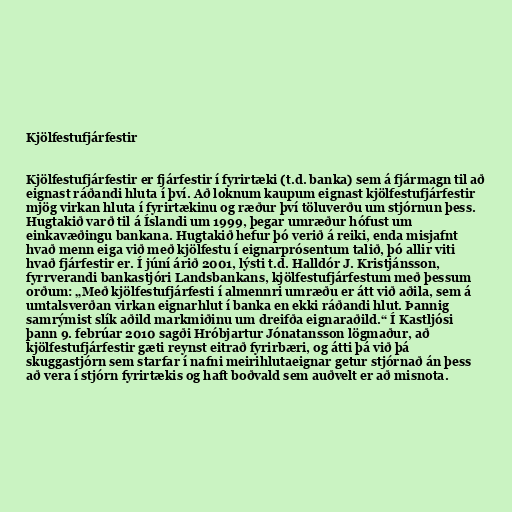
Kjölfestufjárfestir

Kjölfestufjárfestir er fjárfestir í fyrirtæki (t.d. banka) sem á fjármagn til að
eignast ráðandi hluta í því. Að loknum kaupum eignast kjölfestufjárfestir
mjög virkan hluta í fyrirtækinu og ræður því töluverðu um stjórnun þess.
Hugtakið varð til á Íslandi um 1999, þegar umræður hófust um
einkavæðingu bankana. Hugtakið hefur þó verið á reiki, enda misjafnt
hvað menn eiga við með kjölfestu í eignarprósentum talið, þó allir viti
hvað fjárfestir er. Í júní árið 2001, lýsti t.d. Halldór J. Kristjánsson,
fyrrverandi bankastjóri Landsbankans, kjölfestufjárfestum með þessum
orðum: „Með kjölfestufjárfesti í almennri umræðu er átt við aðila, sem á
umtalsverðan virkan eignarhlut í banka en ekki ráðandi hlut. Þannig
samrýmist slík aðild markmiðinu um dreifða eignaraðild.“ Í Kastljósi
þann 9. febrúar 2010 sagði Hróbjartur Jónatansson lögmaður, að
kjölfestufjárfestir gæti reynst eitrað fyrirbæri, og átti þá við þá
skuggastjórn sem starfar í nafni meirihlutaeignar getur stjórnað án þess
að vera í stjórn fyrirtækis og haft boðvald sem auðvelt er að misnota.